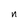
Character: n